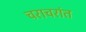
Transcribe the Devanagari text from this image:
चराचरांत